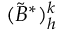
( \tilde { B } ^ { * } ) _ { h } ^ { k }